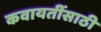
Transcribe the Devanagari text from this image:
कवायतींसाठी